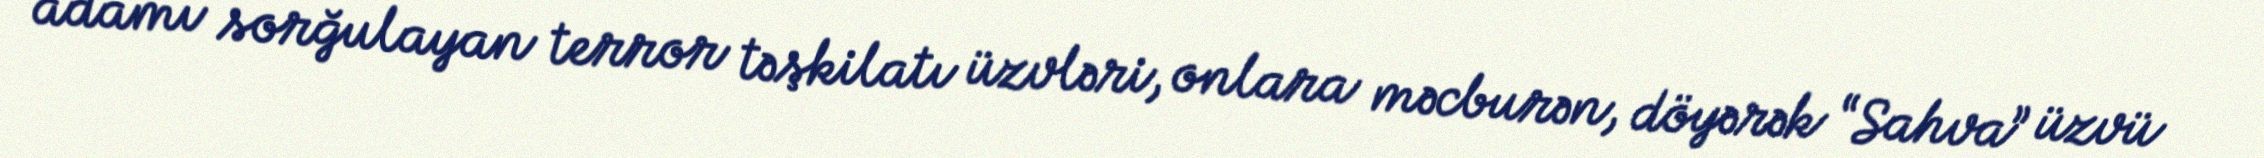
adamı sorğulayan terror təşkilatı üzvləri, onlara məcburən, döyərək “Sahva” üzvü